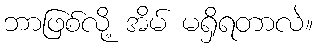
ဘာဖြစ်လို့ အိမ် မရှိရတာလဲ။